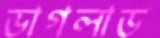
ডাগলাড